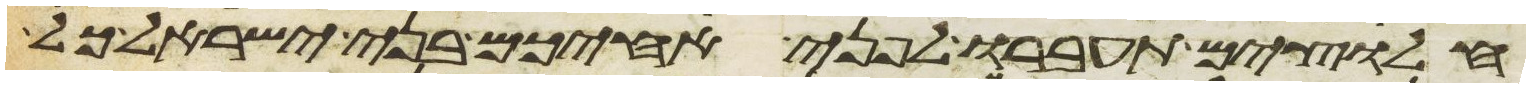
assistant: חלוצים תעברו לפני אחיכם בני ישראל כל